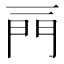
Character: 𨳌